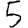
Digit: 5